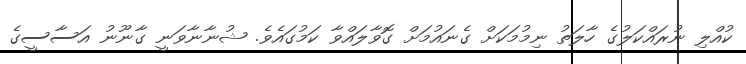
ކުއްލި ނުރައްކަލުގެ ހާލަތު ނިމުމަކަށް ގެނައުމަށް ގޮވާލައްވާ ކަމުގައެވެ. ޝުނާނާވަނީ ގާނޫނު އަސާސީގެ